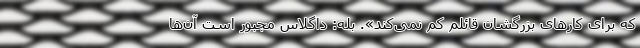
که برای کارهای بزرگشان قائلم کم نمی‌کند». بله: داگلاس مجبور است آن‌ها